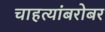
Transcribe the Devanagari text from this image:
चाहत्यांबरोबर